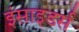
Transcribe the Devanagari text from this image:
इंसाइडर्स